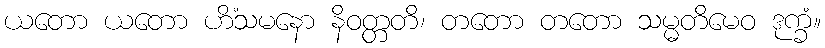
ယတော ယတော ဟိံသမနော နိဝတ္တတိ၊ တတော တတော သမ္မတိမေဝ ဒုက္ခံ။